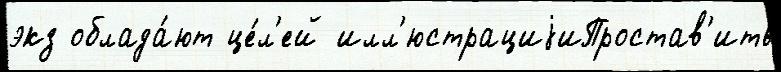
экз облада́ют це́л'ей илл'юстрациjиПростав'ить